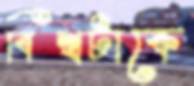
বিশ্বটাকে